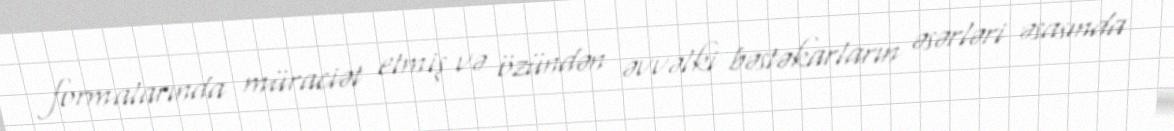
formalarında müraciət etmiş və özündən əvvəlki bəstəkarların əsərləri əsasında